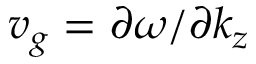
v _ { g } = \partial \omega / \partial k _ { z }